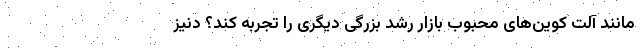
مانند آلت کوین‌های محبوب بازار رشد بزرگی دیگری را تجربه کند؟ دنیز